Annual report on the lock hospitals of the Madras Presidency
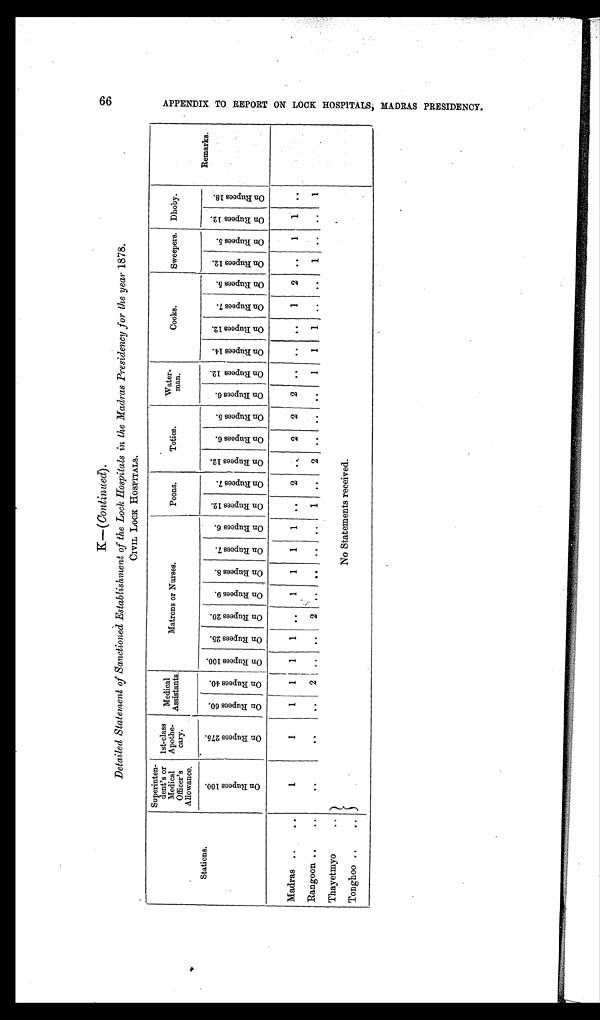
66
K—( Continued) .
Detailed Statement of Sanctioned Establishment of the Lock Hospitals in the Madras Presidency for the year 1878.
CIVIL LOCK HOSPITALS.
Stations.
Superinten-
dent's or
Medical
Officer's
Allowance.
1st-class
Apothe-
cary.
Medical
Assistants.
Matrons or Nurses.
Peons.
Toties.
Water-
man.
Cooks.
Sweepers. Dhoby.
Remarks.
O n R u p e e s 1 0 0 .
O n R u p e e s 2 7 5 . O n R u p e e s 6 0 . O n R u p e e s 4 0 .
O n R u p e e s 1 0 0 . O n R u p e e s 2 5 .
O n R u p e e s 2 0 .
O n R u p e e s 9 . O n R u p e e s 8 . On Rupees 7. O n R u p e e s 6 .
O n R u p e e s 1 2 . O n R u p e e s 7 .
O n R u p e e s 1 2 .
O n R u p e e s 6 . O n R u p e e s 5 .
O n R u p e e s 6 .
O n R u p e e s 1 2 . On Rupees 14. O n R u p e e s 1 2 .
O n R u p e e s 7 .
O n R u p e e s 5 . O n R u p e e s 1 2 .
O n R u p e e s 5 .
O n R u p e e s 1 2 . O n R u p e e s 1 8 .
Madras ..
..
1
1
1 1
1
1 ..
1 1 1 1
. . 2
..
2 2 2 .. .. ..
1 2 ..
1
1
. .
Rangoon ..
..
. .
. .
..
2 .. .. 2
.. .. .. ..
1 ..
2 .. .. ..
1
1
1
. . ..
1
.. ..
1
Thayetmyo
..
No Statements received.
Tonghoo ..
..
A P P E N D I X T O R E P O R T O N L O C K H O S P I T A L S , M A D R A S P R E S I D E N C Y .